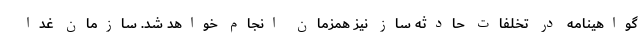
گواهینامه در تخلفات حادثه ساز نیز همزمان انجام خواهد شد. سازمان غدا